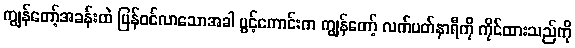
ကျွန်တော့်အခန်းထဲ ပြန်ဝင်လာသောအခါ ပွင့်ကောင်းက ကျွန်တော့် လက်ပတ်နာရီကို ကိုင်ထားသည်ကို